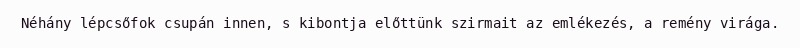
Néhány lépcsőfok csupán innen, s kibontja előttünk szirmait az emlékezés, a remény virága.